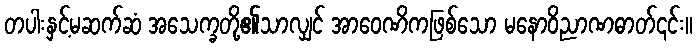
တပါးနှင့်မဆက်ဆံ အသေက္ခတို့၏သာလျှင် အာဝေဏိကဖြစ်သော မနောဝိညာဏဓာတ်၎င်း။